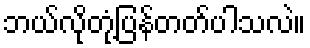
ဘယ်လိုတုံ့ပြန်တတ်ပါသလဲ။